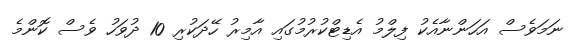
ނަމަވެސް އަހަންނާއެކު ފިލްމު އެޑިޓްކުރުމުގައި އާމިރު ހޭދަކުރި 10 ދުވަހު ވެސް ކޮންމެ